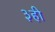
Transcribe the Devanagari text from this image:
३ही